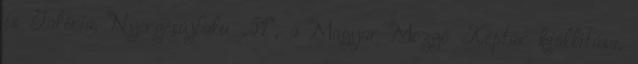
és Galéria, Nyergesújfalu „51”, a Magyar Mozgó Képtár kiállítása,